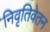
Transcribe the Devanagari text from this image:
निवृतिवेतन